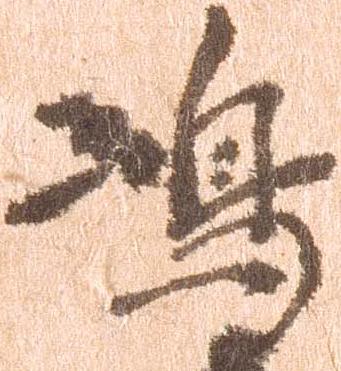
嶋